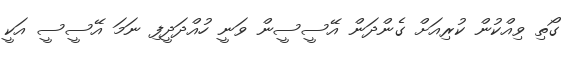
ގޯތި ވިއްކުން ކުރިއަށް ގެންދަން އޭސީސީން ވަނީ ހުއްދަދީފި ނަމަ އޭސީސީ އަކީ